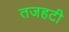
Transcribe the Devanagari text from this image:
तजहटी